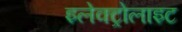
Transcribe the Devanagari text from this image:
इलेक्‍ट्रोलाइट